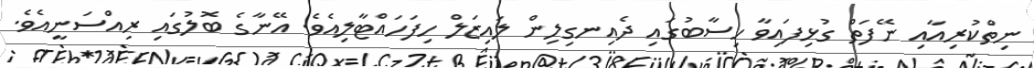
ނިތްކުރިއާއި ނޭފަތް ގުޅިފައިވާ ހިސާބުގައި ދެއިނގިލިން ލައިޒަލް ހިފަހައްޓާލިއެވެ. އޭނާގެ ބޮލުގައި ރިއްސަނީއެވެ.